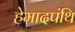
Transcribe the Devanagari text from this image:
हेमादपंथि